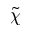
\tilde { \chi }